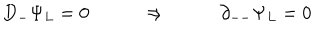
D _ { - } \Psi _ { L } = 0 \qquad \Rightarrow \qquad \partial _ { -- } \Psi _ { L } = 0